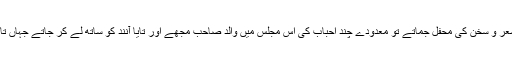
ساٹھ کی دہائی میں پروفیسر کرم حیدری، سید ضمیر جعفری اور عدم کہیں کسی کے گھر میں شعر و سخن کی محفل جماتے تو معدودے چند احباب کی اس مجلس میں والد صاحب مجھے اور تایا آنند کو ساتھ لے کر جاتے جہاں تایا اپنے جریدے ’’بسنت‘‘ کا تازہ شمارہ، غالباً ہفت روزہ، جملہ شرکا کی خدمت میں پیش کرتے۔